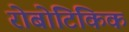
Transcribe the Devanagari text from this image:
रोबोटिकिक